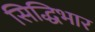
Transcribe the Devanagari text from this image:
सिद्धिभार